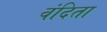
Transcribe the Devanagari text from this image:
वंदिता